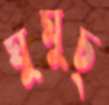
ঘুমুচ্